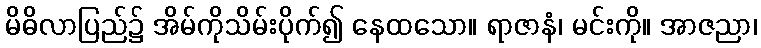
မိဓိလာပြည်၌ အိမ်ကိုသိမ်းပိုက်၍ နေထသော။ ရာဇာနံ၊ မင်းကို။ အာဇညာ၊